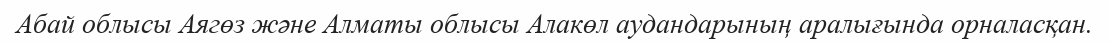
Абай облысы Аягөз және Алматы облысы Алакөл аудандарының аралығында орналасқан.